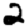
Digit: 2